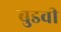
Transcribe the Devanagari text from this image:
बुडवी